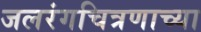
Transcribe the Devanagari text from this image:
जलरंगचित्रणाच्या